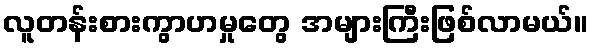
လူတန်းစားကွာဟမှုတွေ အများကြီးဖြစ်လာမယ်။